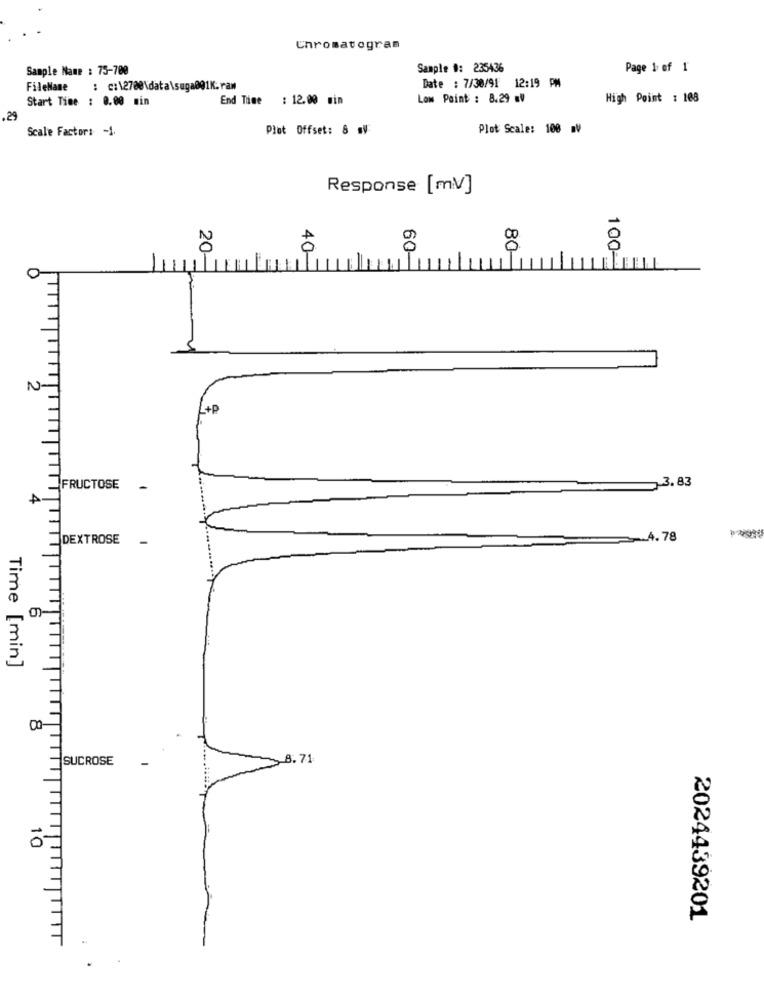
Enrosatogras
Sample Name : 75-700
Sample #: 235436
Page 1 of 1
Date : 7/38/91 12:19 PM
FileName
: c:\2700\data\suga001K:ram
Start Time : 0.00 min
End Time : 12.00 min
Low Point : 8.29 ml
High Point : 108
.29
Scale Factor: - 1.
Plot Offset: 8 m
Plot Scale: 100 V
Response [mV]
20-
40-
60-
100-
80-
N
2+P
3.83
FRUCTOSE
DEXTROSE
-4. 78
Time [min]
SUCROSE
8.71
10
2024439201